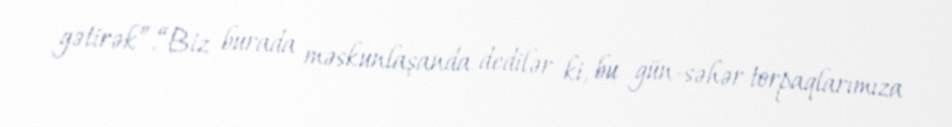
gətirək”.“Biz burada məskunlaşanda dedilər ki, bu gün-səhər torpaqlarımıza